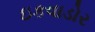
ઇકવાડોર